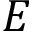
E